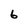
Character: 6